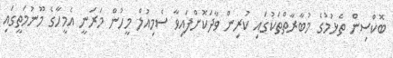
ބޮކްސިން ތެޅުމުގެ މުބާރާތްތަކުގައި ކުރިން ވާދަކޮށްފައިވާ ސެމިއުލް މީހުން މަރަނީ އެމީހާގެ މޫނުމަތީގައި